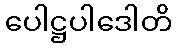
ပေါဋ္ဌပါဒေါတိ